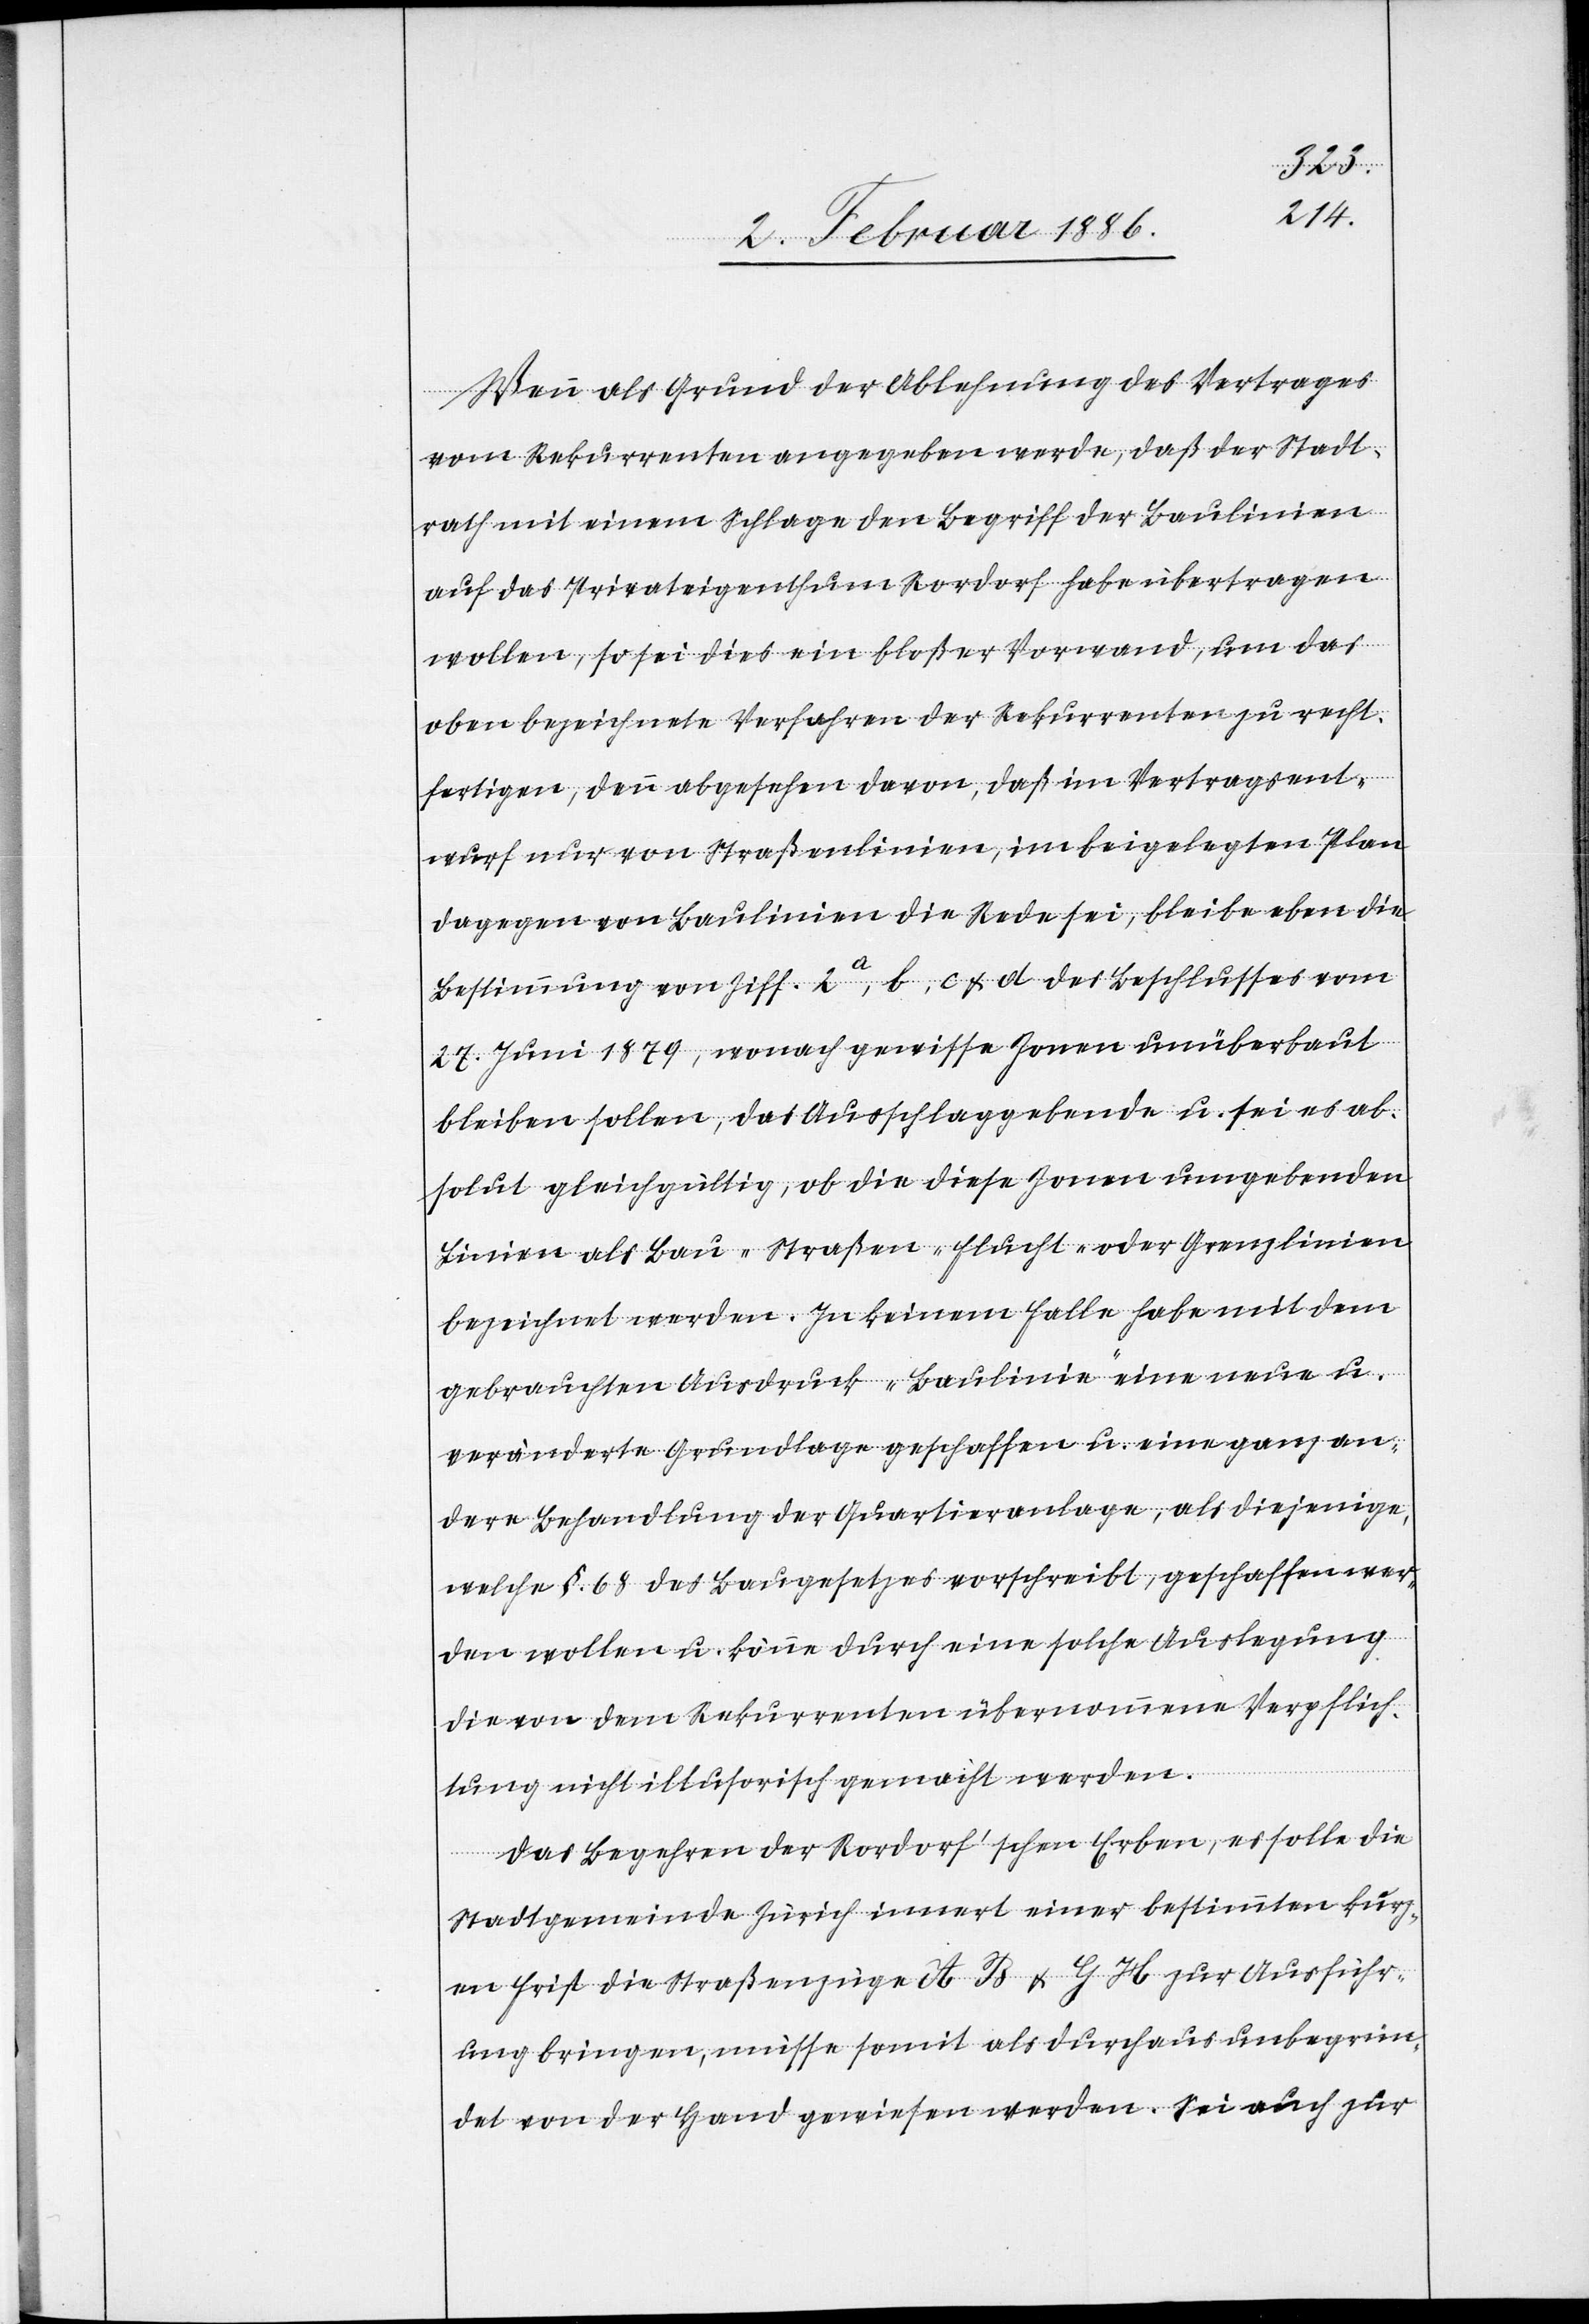
Wenn als Grund der Ablehnung des Vertrages
vom Rekurrenten angegeben werde, daß der Stadt¬
rath mit einem Schlage den Begriff der Baulinien
auf das Privateigenthum Rordorf habe übertragen
wollen, so sei dies ein bloßer Vorwand, um das
oben bezeichnete Verfahren der Rekurrenten zu recht¬
fertigen, denn abgesehen davon, daß im Vertragsent¬
wurf nur von Straßenlinien, im beigelegten Plan
dagegen von Baulinien die Rede sei, bleibe eben die
Bestimmung von Ziff. 2 a, b, c & d des Beschlusses vom
27. Juni 1879, wonach gewisse Zonen unüberbaut
bleiben sollen, das Ausschlaggebende u. sei es ab¬
solut gleichgültig, ob die diese Zonen umgebenden
Linien als Bau- Straßen- Flucht- oder Grenzlinien
bezeichnet werden. In keinem Falle habe mit dem
gebrauchten Ausdruck „Baulinie“ eine neue u.
veränderte Grundlage geschaffen u. eine ganz an¬
dere Behandlung der Quartieranlage, als diejenige,
welche §. 68 des Baugesetzes vorschreibt, geschaffen wer¬
den wollen u. könne durch eine solche Auslegung
die von dem Rekurrenten übernommene Verpflich¬
tung nicht illusorisch gemacht werden.
Das Begehren der Rordorf’schen Erben, es solle die
Stadtgemeinde Zürich innert einer bestimmten kurz¬
en Frist die Straßenzüge A B & G H zur Ausführ¬
ung bringen, müsse somit als durchaus unbegrün¬
det von der Hand gewiesen werden. Sei auch zur